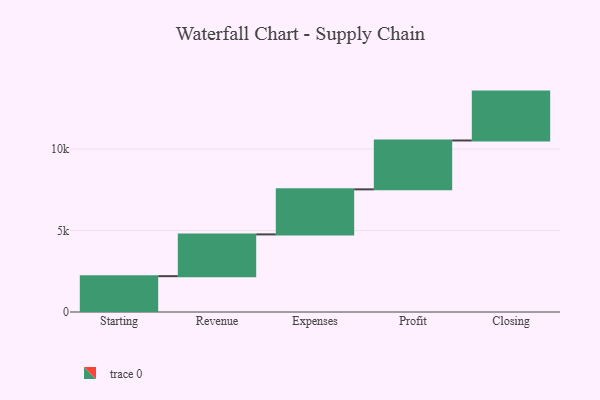
{"axis": {"x": "Step", "y": "Value"}, "legend": [""], "data": [{"x": "Starting", "y": 2199.0, "type": ""}, {"x": "Revenue", "y": 2564.0, "type": ""}, {"x": "Expenses", "y": 2765.0, "type": ""}, {"x": "Profit", "y": 3000, "type": ""}, {"x": "Closing", "y": 3000, "type": ""}]}